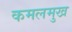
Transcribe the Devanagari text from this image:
कमलमुख